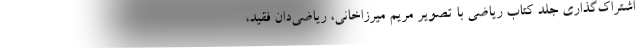
اشتراک‌گذاری جلد کتاب ریاضی با تصویر مریم میرزاخانی، ریاضی‌دان فقید،